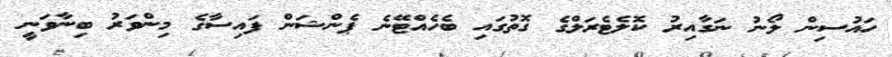
ހައުސިން ލޯނު ނަގާއިރު ކޮލެޓެރަލްގެ ގޮތުގައި ބެހެއްޓޭނެ ޕެންޝަން ފައިސާގެ މިންވަރު ބިނާވަނީ